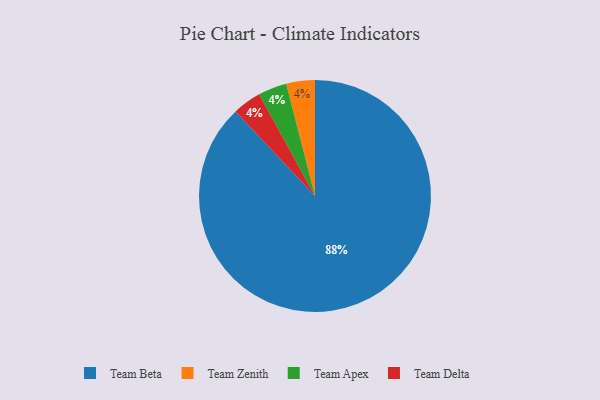
{"axis": {"x": "Category", "y": "Percentage"}, "legend": ["Team Apex", "Team Beta", "Team Delta", "Team Zenith"], "data": [{"x": "Team Zenith", "y": 4, "type": "Team Zenith"}, {"x": "Team Apex", "y": 4, "type": "Team Apex"}, {"x": "Team Delta", "y": 4, "type": "Team Delta"}, {"x": "Team Beta", "y": 88, "type": "Team Beta"}]}